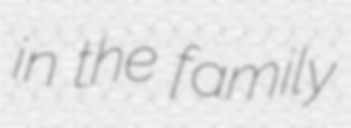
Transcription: in the family